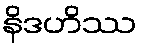
နိဒဟိဿ